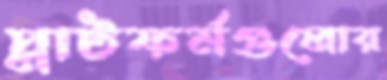
প্লাটফর্মগুলোর